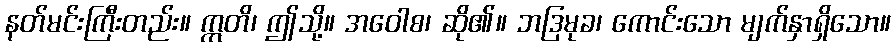
နတ်မင်းကြီးတည်း။ ဣတိ၊ ဤသို့။ အဝေါစ၊ ဆို၏။ ဘဒြမုခ၊ ကောင်းသော မျက်နှာရှိသော။